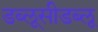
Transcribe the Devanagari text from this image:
डब्लूसीडब्लू